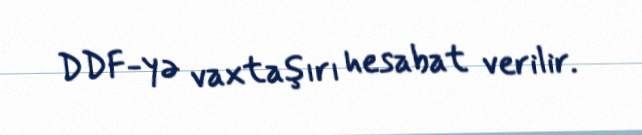
DDF-yə vaxtaşırı hesabat verilir.